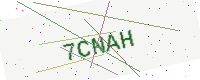
Text: 7CNAH